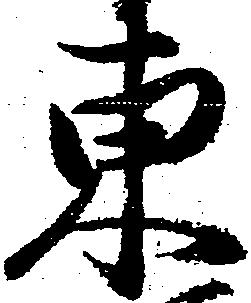
東